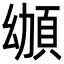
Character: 𩑴